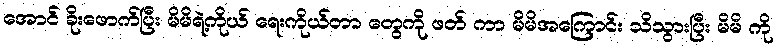
အောင် ခိုးဖောက်ပြီး မိမိရဲ့ကိုယ် ရေးကိုယ်တာ တွေကို ဖတ် ကာ မိမိအကြောင်း သိသွားပြီး မိမိ ကို